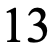
13